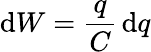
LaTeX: \mathrm{d}W={\frac{q}{C}}\, \mathrm{d}q